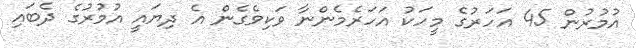
އުމުރުން 45 އަހަރުގެ މީހަކު އަހަރެމެންނާ ވަކިވެގެން އެ ދިޔައީ އުމުރުގެ ދެބައި